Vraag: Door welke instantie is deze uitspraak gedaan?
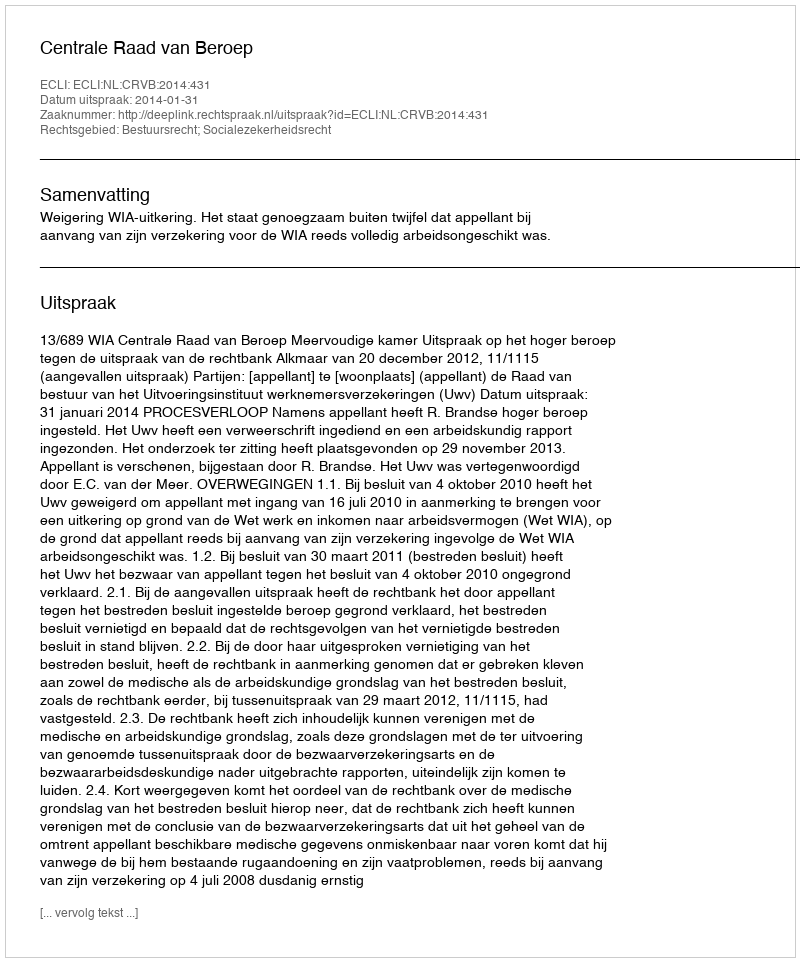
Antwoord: Centrale Raad van Beroep